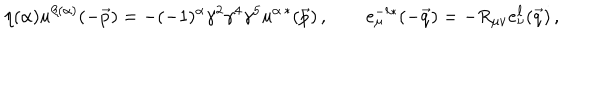
LaTeX: \eta ( \alpha ) u ^ { \beta ( \alpha ) } ( - \vec { p } ) = - ( - 1 ) ^ { \alpha } \gamma ^ { 2 } \gamma ^ { 4 } \gamma ^ { 5 } u ^ { \alpha \, * } ( \vec { p } ) \, , \qquad e _ { \mu } ^ { - \ell * } ( - \vec { q } ) = - R _ { \mu \nu } e _ { \nu } ^ { \ell } ( \vec { q } ) \, ,